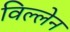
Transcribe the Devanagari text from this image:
विल्लेन